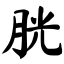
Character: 胱